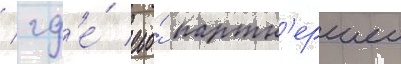
/ гд'е́ его́ партн'ершеи